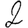
Digit: 2